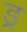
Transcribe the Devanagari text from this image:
ड्र